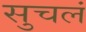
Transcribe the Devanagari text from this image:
सुचलं